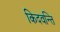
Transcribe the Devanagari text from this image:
किदवन्ति